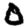
Digit: 0